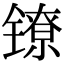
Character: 镣